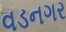
વડનગર